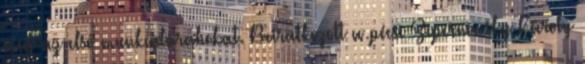
meg az elsô munkadarabokat. Beiratkozott a pécsi Zipernowsky Károly